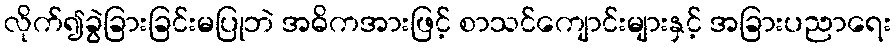
လိုက်၍ခွဲခြားခြင်းမပြုဘဲ အဓိကအားဖြင့် စာသင်ကျောင်းများနှင့် အခြားပညာရေး